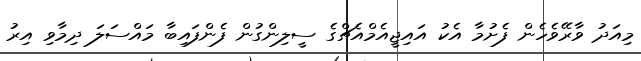
މިއަދު ވާރޭވެހެން ފެށުމާ އެކު އައިޖީއެމްއެޗްގެ ސީލިންގުން ފެންފައިބާ މައްސަލަ ދިމާވި އިރު